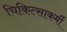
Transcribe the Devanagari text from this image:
चिकित्साकर्मी